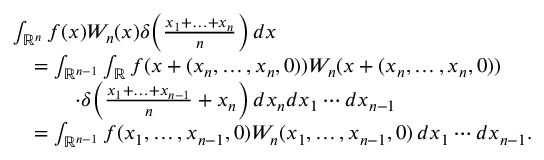
\begin{array} { r l } & { \int _ { \mathbb R ^ { n } } f ( x ) W _ { n } ( x ) \delta \bigg ( \frac { x _ { 1 } + \ldots + x _ { n } } { n } \bigg ) \, d x } \\ & { \quad = \int _ { \mathbb { R } ^ { n - 1 } } \int _ { \mathbb { R } } f ( x + ( x _ { n } , \ldots , x _ { n } , 0 ) ) W _ { n } ( x + ( x _ { n } , \ldots , x _ { n } , 0 ) ) } \\ & { \quad \qquad \cdot \delta \bigg ( \frac { x _ { 1 } + \ldots + x _ { n - 1 } } { n } + x _ { n } \bigg ) \, d x _ { n } d x _ { 1 } \cdots d x _ { n - 1 } } \\ & { \quad = \int _ { \mathbb { R } ^ { n - 1 } } f ( x _ { 1 } , \dots , x _ { n - 1 } , 0 ) W _ { n } ( x _ { 1 } , \ldots , x _ { n - 1 } , 0 ) \, d x _ { 1 } \cdots d x _ { n - 1 } . } \end{array}